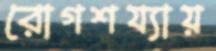
রোগশয্যায়